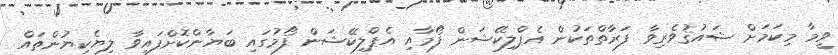
ވީމާ މިކަމަށް ޝައުޤުވެރިވާ ފަރާތްތަކުން އެޕްލިކޭޝަން ފޯމާއި އެޕްލިކޭޝަން ފޯމުގައި ބަޔާންކޮށްފައިވާ ލިޔެކިޔުންތައް